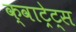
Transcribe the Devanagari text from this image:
क्वाट्रेट्स